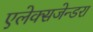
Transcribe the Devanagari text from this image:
एलेक्सजेन्डरा